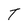
Character: T